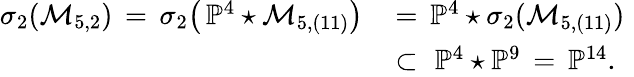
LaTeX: \begin{array}{rl}{\sigma_{2}(\mathcal{M}_{5,2})\, =\, \sigma_{2}\bigl(\, \mathbb{P}^{4}\star\mathcal{M}_{5,(11)}\bigr)\, }&{=\, \mathbb{P}^{4}\star\sigma_{2}(\mathcal{M}_{5,(11)})\, \, }\\ &{\subset\, \, \mathbb{P}^{4}\star\mathbb{P}^{9}\, =\, \mathbb{P}^{14}.}\end{array}